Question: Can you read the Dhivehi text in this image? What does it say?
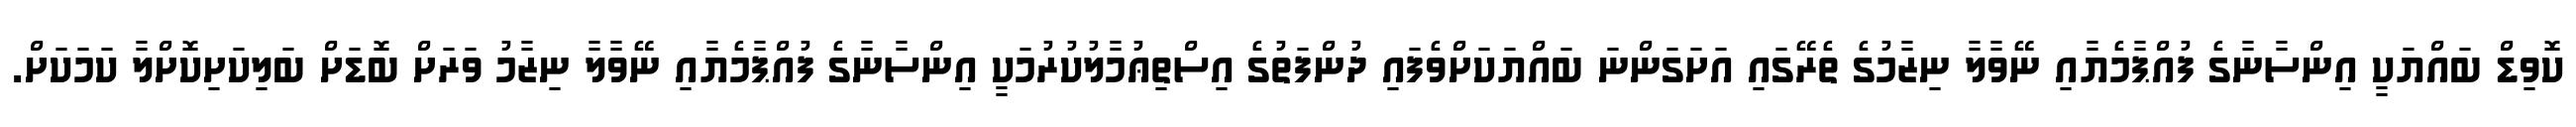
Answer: ކޮވިޑް ބައްޔަކީ އިންސާނާގެ ފުއްޕާމެޔާއި ނޭވާލާ ނިޒާމުގެ ތެރޭގައި އަށަގަންނަ ބައްޔަކަށްވެފައި ދުންފަތުގެ އިސްތިޢުމާލުކުރުމަކީ އިންސާނާގެ ފުއްޕާމެޔާއި ނޭވާލާ ނިޒާމު ވަރަށް ބޮޑަށް ބަލިކަށިކޮށްލާ ކަމަކަށް.